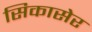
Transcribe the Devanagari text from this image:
सिकासेर